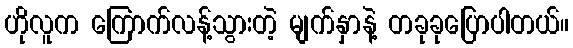
ဟိုလူက ကြောက်လန့်သွားတဲ့ မျက်နှာနဲ့ တခုခုပြောပါတယ်။